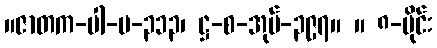
။ဇာတက-ပါ-ပ-၃၁၃၊ ဋ္ဌ-စ-အုပ်-၃၉၇။ ။ ၈-ပိုင်း